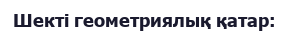
Шекті геометриялық қатар: